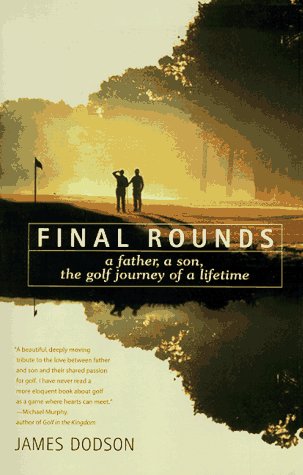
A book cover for Final Rounds: A Father, A Son, The Golf Journey Of A Lifetime; James Dodson; Parenting & Relationships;